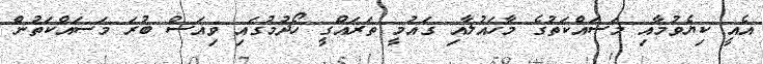
އެއީ ކިޔެވުމާއި މަސައްކަތުގެ މާހައުލާއި ގައުމީ ތަރައްގީ ހޯދުމުގައި ވިއަސް ބުރަ މަސައްކަތުން